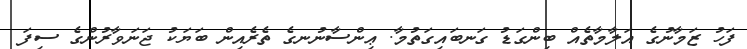
ފަހު ޒަމާނުގެ އަލާމާތެއް ބިންގަޑު ގަނބައިގަތުމާ. ޢިންސާނުނގެ ތެރެއިން ބަޔަކު ޖަނަވާރުންގެ ސިފަ